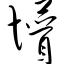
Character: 懵